Leaving Certificate Examination, 1906
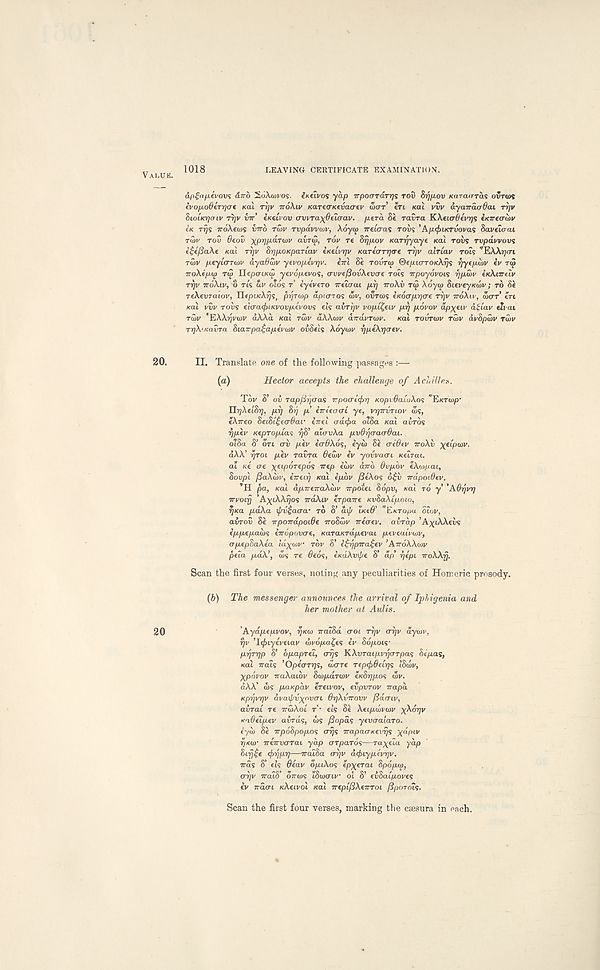
VALUE.
1018
LEAVING CERTIFICATE EXAMINATION.
apgofJLtvow; airb SoAwv'os. ^KCIVOS yap TTpocrraTr/s rov ST^/XOV Karaaras ovrws
tvopodtTrjCTt Kai rrjv TTOKLV KareiTKtvacrev war en KOL VVV ayairaadau Tqv
SIOIKVJCTIV ryjv vir’ execiov cwra^^cicrav. p.era 8« ravra KXsiatfevTijs eKirecriov
IK Trj<s TrdXecos VTTO rtov rvpavvwv, Aoya) Treiaas rovs ’Ap</)i»cruovas Save ter at
ruiv rot) 0eo5 xpy]p.a.Tu>v avrw, rov re Srjjjiov Karrjyaye KOU TOVIS rupavvous
i£4/3a\e KOU rrjv SrjpoKparMV e/cetViyv Ka.Tecrrr)(re rr/v atrtav rots ’EAA^cri
rtov p.eyta-Ton' dya^Sv ytvop-ivrjv. eirl Se TOVTO) ®e/j.i<TTOK\r}s r/yepwv ev ruj
TroXe'pa) TO) Ilepo-iKa! yevdpevos, (TvvefiovXtvcre rots irpoyovois rjpwv h<\nrelv
TTJV irdAtv, o ris dv otds r’ eyevero ireicrcu prj TTO\V TW Adyco Sieveyxwv; TO Se
reXevTatov, IleptKA^s, prjTtup apKnos wv, OVTO>S tKOcrprjcre rr)v TTOXLV, werr’ ert
>cai vCv roue elo-acjuKvovpevovi ets avr-qv vop.i£eiv prj povov ap^eiv at lav etiat
TOJV EAX^vtov aXXa xal TWV aXXwv dirdvrwv.
/cat rourtov rtov dvSpwv rdiv
TrjX'Kavra StaTrpa^apeVaiv oiSets Adyuv rjpiXrjaev.
20.
II. Translate one of the following passages :—
(a)
Hector accepts the challenge of Achilles.
Tdv S’ on Tapfir'j(Ta<; vpoo-t<f>r] KOpv6aLoXo<; "E«T(ep -
UrjXelSy], prj 8rj p brUacri ye, VTJTTVTLOV COS,
eXrreo 8ei8i£ecr0ar irrel <ra<pa otSa Kat anrds
^p.ev Kepropias rjS 1 alavXa pvdgcracrOai.
otSa 8’ on aii pev iaOXos, eyw Se aiQtv iroXv ^etpeov.
dAA’ YJTOL pev ravra 6e£>v ev yovvaai Ketrat.
at ne ere ^etporepos rrep e’div arro dvpbv eAcopat,
8ovpl fiaXiiiv, eVeti} /cat epdv (3eXo : ; 6£ii irdpoiOev.
*H pa, Kat dpTreiraXidv Trpotet Sdpu, Kai TO y’ ‘AOrjvr)
Trvotrj ’A^tAA^os irdXiv erpane Kv8aXipoto,
r/Ka pdXa ipv^aaa- TO S’ dt/r tKe^’ EKTO/JU otov,
anron Se TTpoirdpoiOe iroSaiv ireocv. avrap ’A^iAAeiis
ippepaibs eiropovae, KaraKrapevai pevealvwv,
apepSaXea td^oiv rdv S’ i£r)pira$ev ’AiroXXwv
pela pdX’, dis re #eds, eKO-Xvif/e S’ dp’ rjepi iroXXrj.
Scan the first four verses, noting any peculiarities of Homeric prosody.
(6) TAe messenger announces the arrival of Ipligenia and
her mother at Aulis.
20
'Aydpepvov, ijsiji iratSd cot rrjv ar/v dywv,
fjv T^tyeVetav wvopa^es ev 86pois-
prjrqp S’ bpaprei, aijs KXvraipvgoTpas Sepas,
Kat rrats ’Ope'errijs, tuerre Tep<f>delr]<i t’Seuv,
Xpdvov iraAatdv Scopdreov IKS^POS WV.
dAA’ d)s paxpav eretvov, evpvrov rrapd
Kprjvgv avaif/vxovon OrjXvirovv fidaiv,
aurat re TTWAOI T’- eis Se Aetpeovwv yXoigv
xadelpev auras, ws /3opas yevaaiaro.
eyw Se TrpdSpopos er^s irapaaKevrjs X (L I ,LV
r/xur TreVucrrat yap arparos—ra^eia yap
8ifj£e <hWV—n-atSa <rr)v a(f>iypevr)v.
Tras S’ eis 0eav dptAos ep^erat Spdpco,
arjv TratS’ drrws tSwcriv ot S’ euSaipoves
ev traoL uXeivol Kat irepifiXenroi /Sporots.
Scan the first four verses, marking the caesura in each.